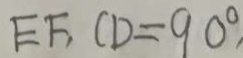
E F , C D = 9 0 ^ { \circ }